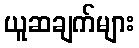
ယူဆချက်များ